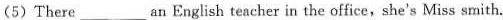
(5) There ___ an English teacher in the office, she's Miss smith.